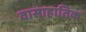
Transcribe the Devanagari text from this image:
वासाहातिक